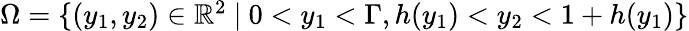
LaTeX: \begin{array}{r}{\Omega=\{ (y_{1},y_{2})\in\mathbb{R}^{2}\ |\ 0<y_{1}<\Gamma,h(y_{1})<y_{2}<1+h(y_{1})\} }\end{array}